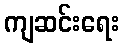
ကျဆင်းရေး